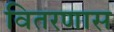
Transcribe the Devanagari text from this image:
वितरणास